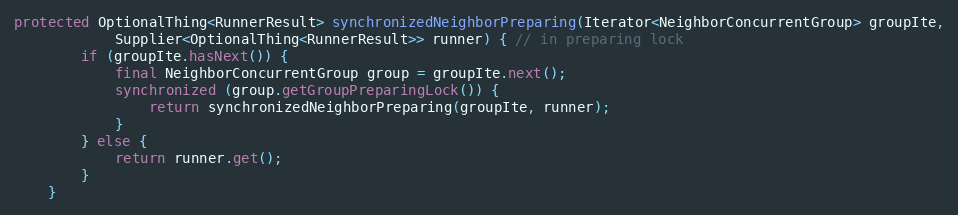
Language: Java
protected OptionalThing<RunnerResult> synchronizedNeighborPreparing(Iterator<NeighborConcurrentGroup> groupIte,
            Supplier<OptionalThing<RunnerResult>> runner) { // in preparing lock
        if (groupIte.hasNext()) {
            final NeighborConcurrentGroup group = groupIte.next();
            synchronized (group.getGroupPreparingLock()) {
                return synchronizedNeighborPreparing(groupIte, runner);
            }
        } else {
            return runner.get();
        }
    }